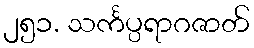
၂၅၁. သင်္ကပ္ပရာဂဇာတ်